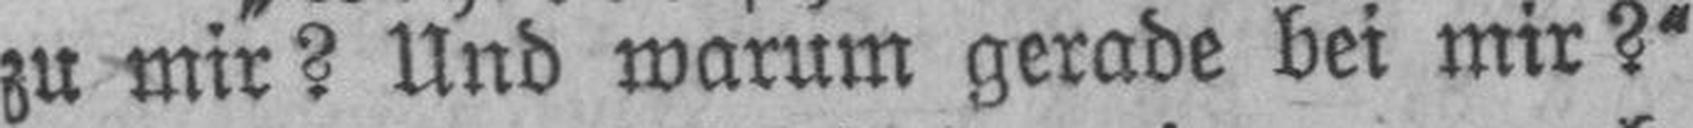
zu mir? Und warum gerade bei mir?“